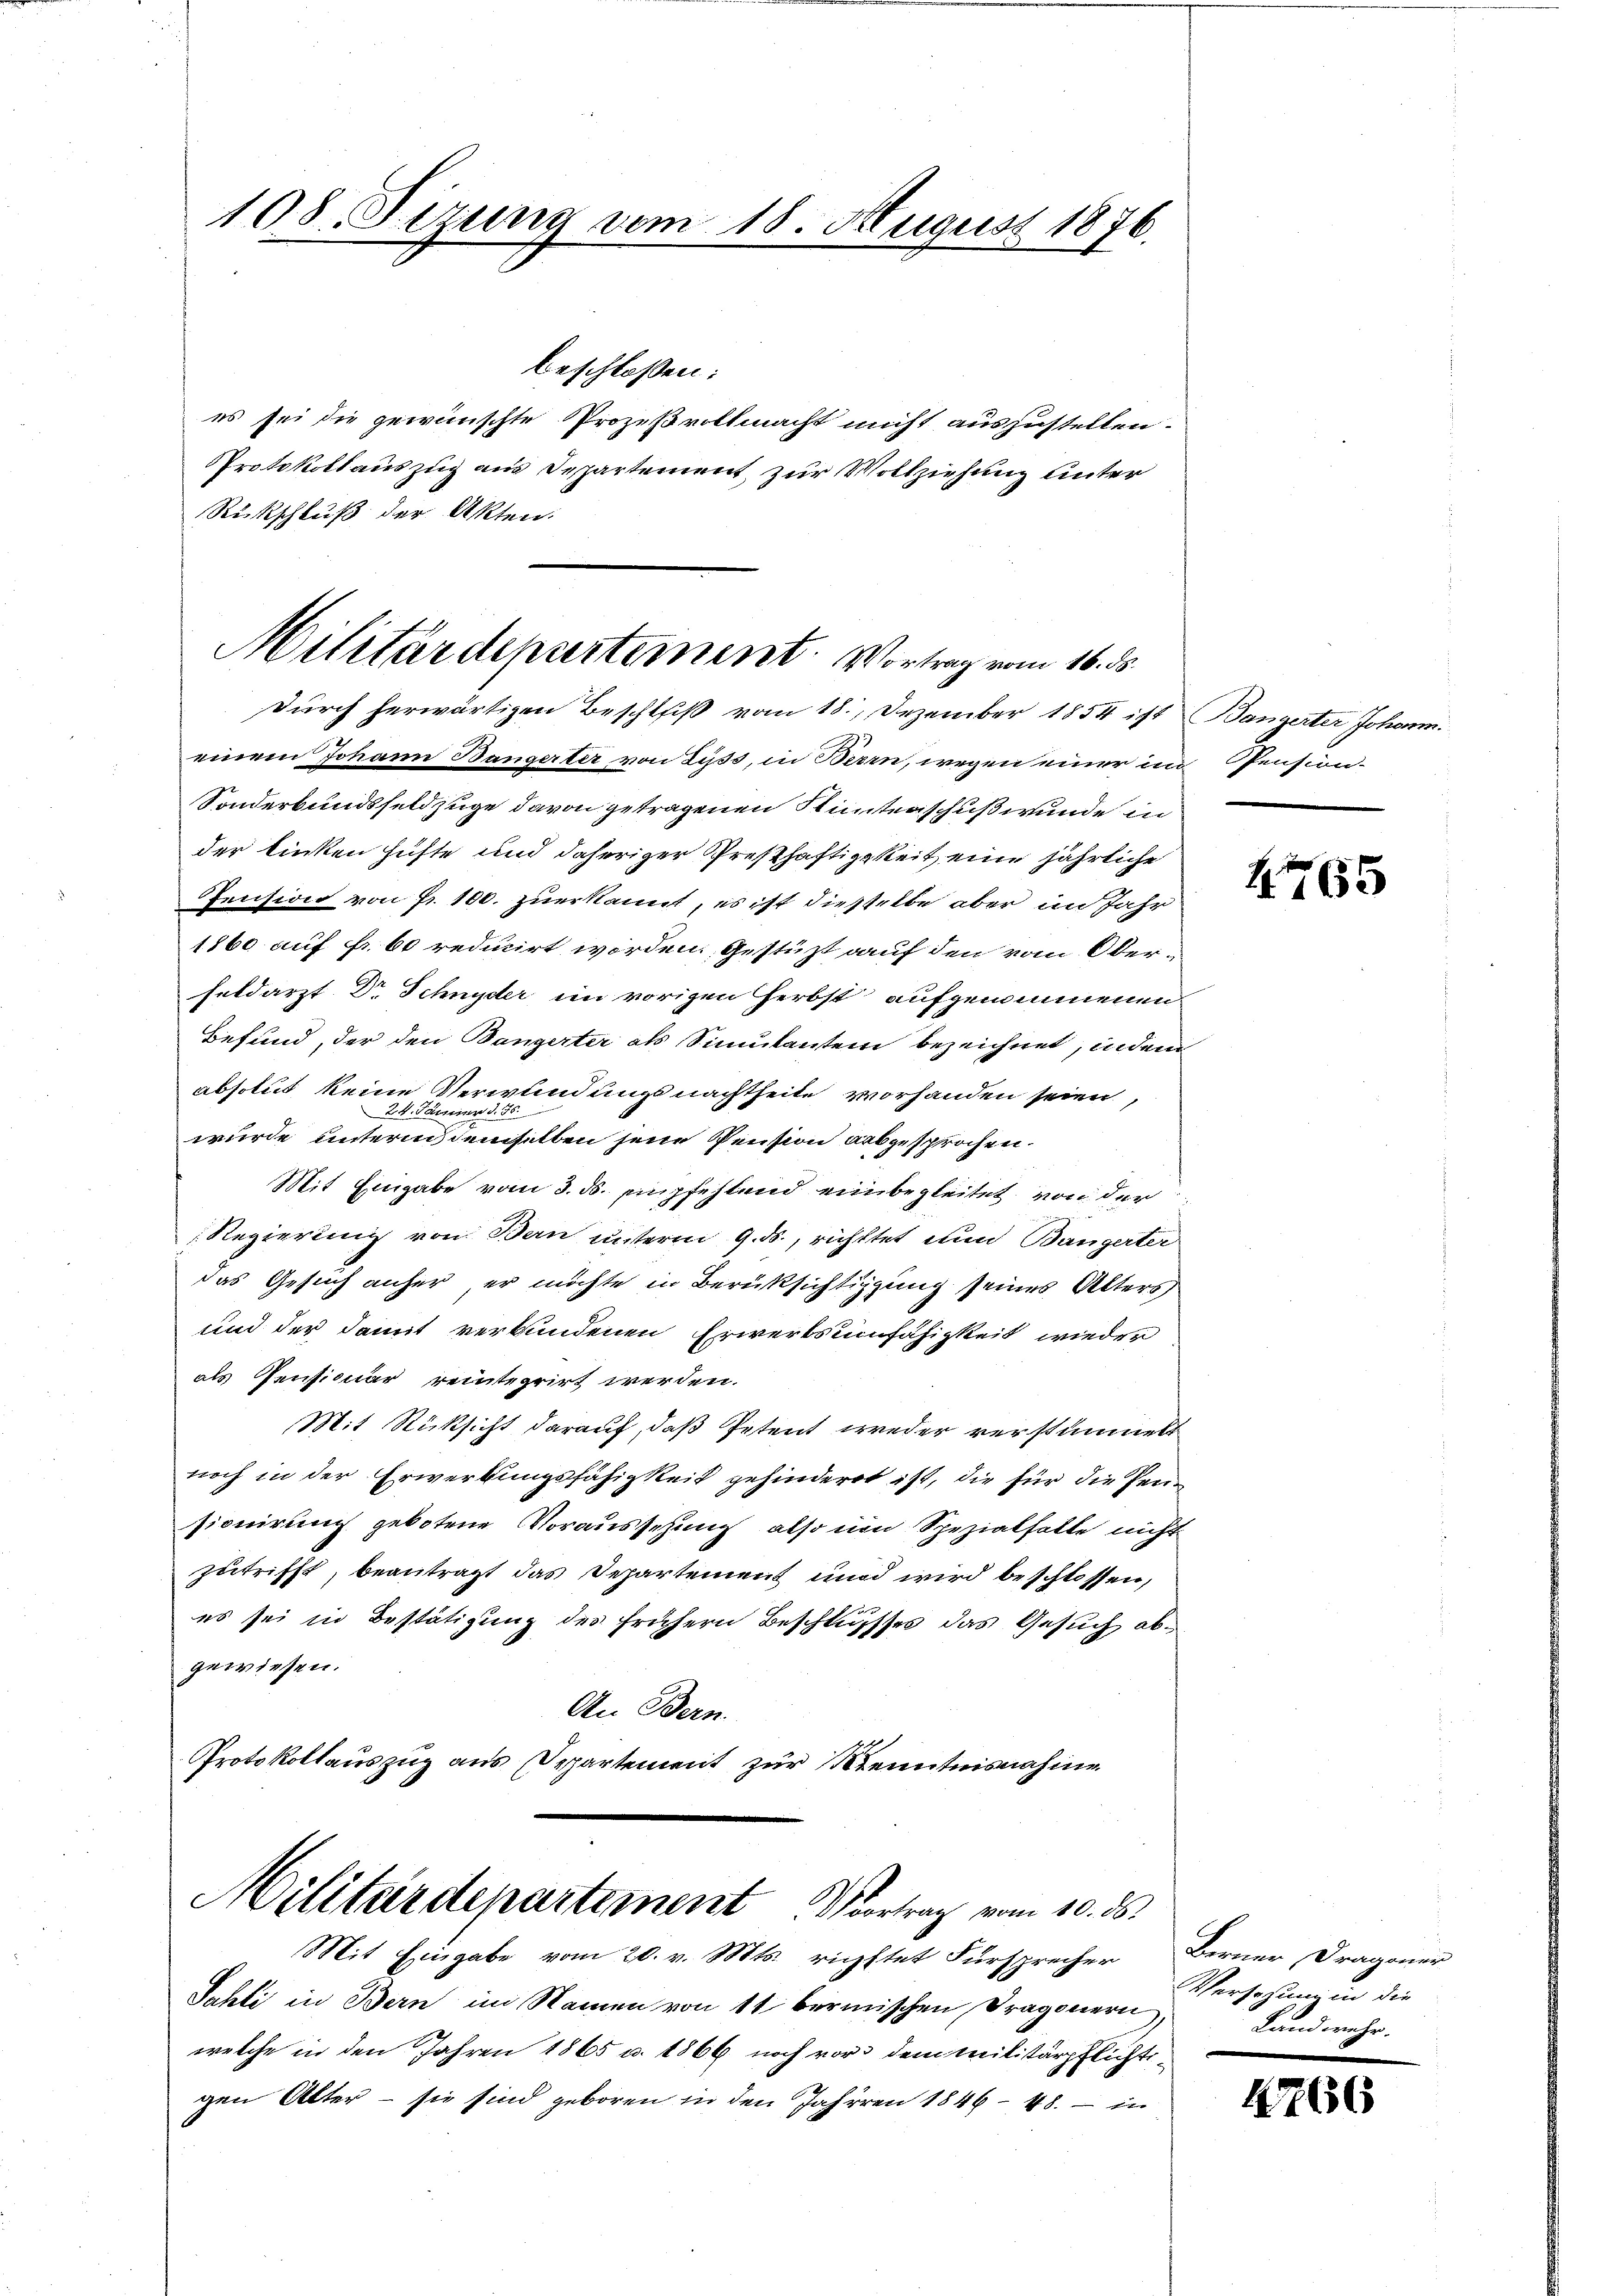
108. Sizung vom 18. August 1876.

beschloßen:
es sei die gewünschte Prozeßvollmacht nicht auszustellen.
Protokollauszug aus Departement, zur Vollziehung unter
Rückschluß der Akten.

Durch herwärtigen Beschluß vom 18. Dezember 1854 ist Bangerter Johann.
einem Johann Bangerter von Lyss, in Bern, wegen einer im Pension-
Sonderbundsfeldzüge davon getragenen Stimmtenschuß wunde in
der linken Hüfte und daheriger Preßhaftigkeit eine jährliche
Pension von Fr. 100. zuerkannt, es ist diesselbe aber im Jahr
1860 auf Fr. 60 reducirt worden. Gestüzt auf den vom Ober-
Eeldarzt Dr Schnyder im vorigen Herbst aufgenommenen
Befund, der den Bangerter als Simukanten bezeichnet, indem
absolut keine Verwundungsnachtheile vorhanden seien,
2. 4. Januar d. 75.
wurde unternisemselben jene Pension abgesprochen.
Mit Eingabe vom 3. ds. empfehlend einbegleitet, von der
 Regierung von Bern unterm 9. ds., richttet nun Bängerter
das Gesuch anher, er möchte in Berüksichtigung seines Alters
und der damit verbundenen Erwerbsunfähigkeit wieder
als Pensinuar reintegrirt werden.
Mit Rücksicht darauf, daß Petent weder verstummelt
noch in der Erwerbungsfähigkeit gehinderet ist, die für die Pensionirung gebotene Voraussehung also ein Spezialfalle nicht
zutrifft, beantragt das Departement und wird beschlossen,
es sei in Bestätigung des frühern Beschlussses das Gesuch abgewiesen.
An Bern.
Protokollauszug aus Departement zur Kenntnisnahme

Militärdepartement. Vortrag vom 16. ds.

Militärdepartement vortrag vom 10. ds.
Mit Eingabe vom 20. v. Mts. richtet Fürsprecher

Jahli in Bern im Namen von 11 bermischen Dragonern,
welche in den Jahren 1865 u. 1866 noch vor dem Militärpflichte
gen Alter – sie sind geboren in den Jahren 1846 - 48. — in

1765

Berner Draganer
Versatzung in die
Landwehr.

4266